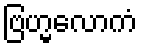
ဗြဟ္မလောကံ